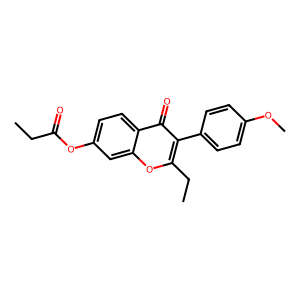
SMILES: CCC(=O)Oc1ccc2c(=O)c(-c3ccc(OC)cc3)c(CC)oc2c1
Inhibits HIV replication: No